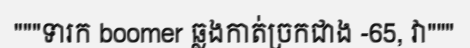
"""ទារក boomer ឆ្លងកាត់ច្រកជាង -65, វា"""